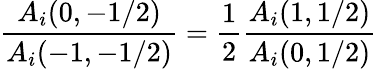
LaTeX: \frac{A_{i}(0,-1/2)}{A_{i}(-1,-1/2)}=\frac{1}{2}\frac{A_{i}(1,1/2)}{A_{i}(0,1/2)}